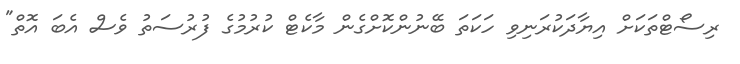
ރިސޯޓްތަކަށް އިޔާދަކުރަނިވި ހަކަތަ ބޭނުންކޮށްގެން މާކެޓް ކުރުމުގެ ފުރުސަތު ވެސް އެބަ އޮތް"